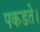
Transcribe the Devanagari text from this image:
पकडते।